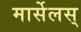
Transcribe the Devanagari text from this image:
मार्सेलस्